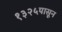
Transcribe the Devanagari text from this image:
१३२५पासून